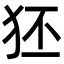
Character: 狉